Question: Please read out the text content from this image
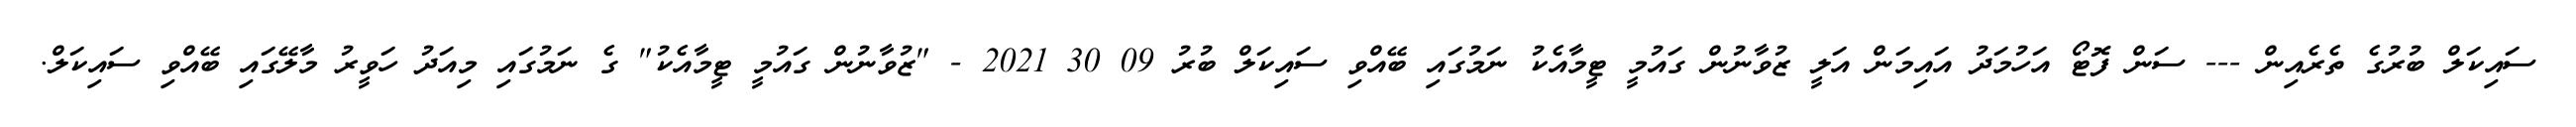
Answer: ސައިކަލް ބުރުގެ ތެރެއިން --- ސަން ފޮޓޯ އަހުމަދު އައިމަން އަލީ ޒުވާނުން ގައުމީ ޓީމާއެކު ނަމުގައި ބޭއްވި ސައިކަލް ބުރު 09 30 2021 - "ޒުވާނުން ގައުމީ ޓީމާއެކު" ގެ ނަމުގައި މިއަދު ހަވީރު މާލޭގައި ބޭއްވި ސައިކަލް.